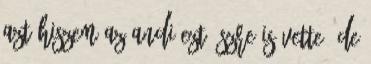
Azt hiszem az Andi ezt észre is vette, de